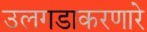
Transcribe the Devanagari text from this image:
उलगडाकरणारे